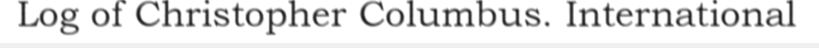
Log of Christopher Columbus. International